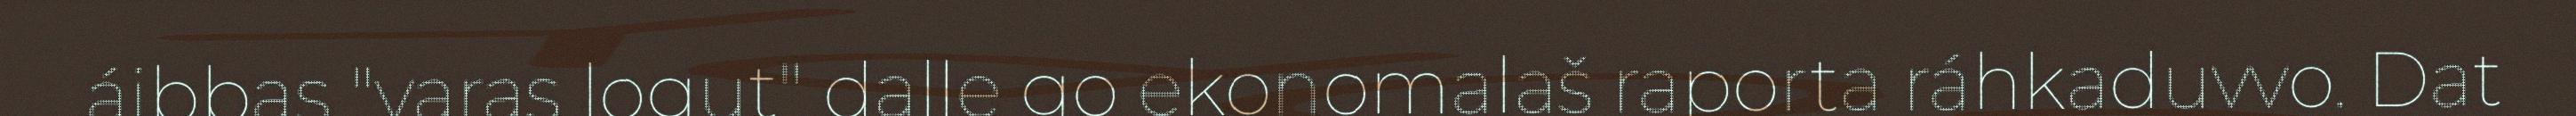
áibbas "varas logut" dalle go ekonomalaš raporta ráhkaduvvo. Dat